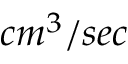
c m ^ { 3 } / s e c